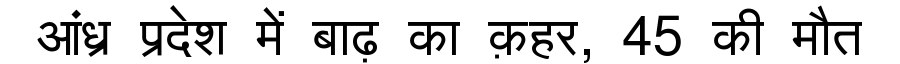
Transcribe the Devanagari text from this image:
आंध्र प्रदेश में बाढ़ का क़हर, 45 की मौत